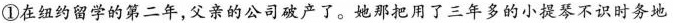
①在纽约留学的第二年，父亲的公司破产了。她那把用了三年多的小提琴不识时务地